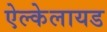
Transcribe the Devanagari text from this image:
ऐल्केलायड